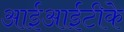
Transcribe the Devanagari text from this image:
आईआईटीके